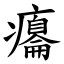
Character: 癟